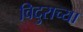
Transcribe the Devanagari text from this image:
विदुराच्या